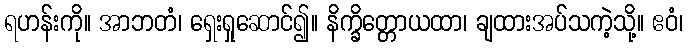
ရဟန်းကို။ အာဘတံ၊ ရှေးရှုဆောင်၍။ နိက္ခိတ္တောယထာ၊ ချထားအပ်သကဲ့သို့။ ဧဝံ၊